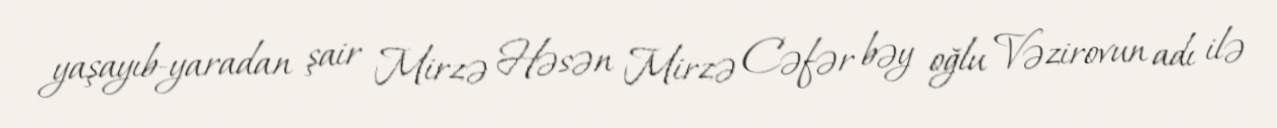
yaşayıb-yaradan şair Mirzə Həsən Mirzə Cəfər bəy oğlu Vəzirovun adı ilə